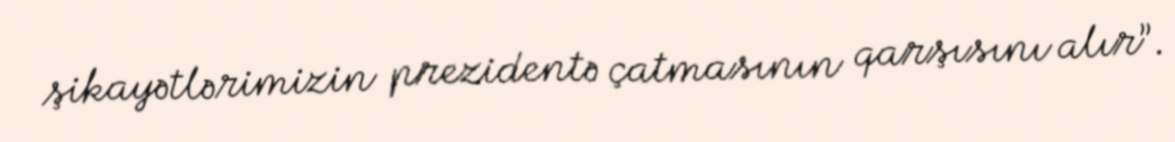
şikayətlərimizin prezidentə çatmasının qarşısını alır”.